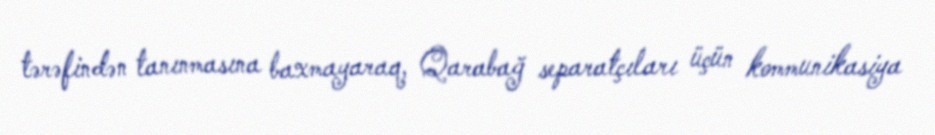
tərəfindən tanınmasına baxmayaraq, Qarabağ separatçıları üçün kommunikasiya